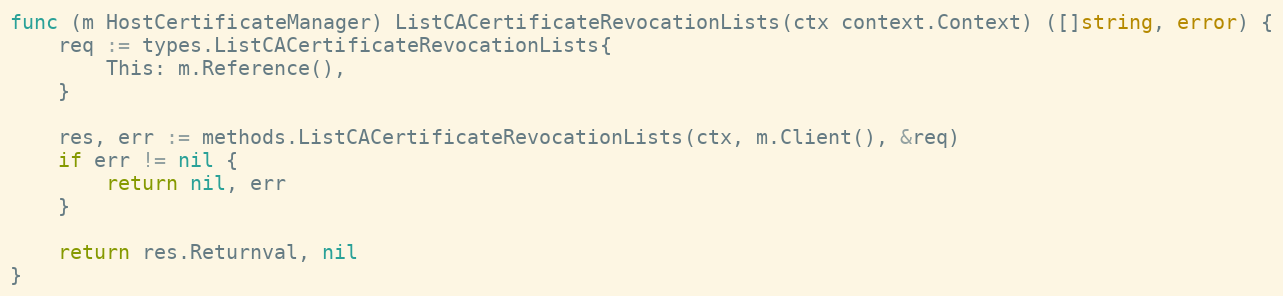
Language: Go
func (m HostCertificateManager) ListCACertificateRevocationLists(ctx context.Context) ([]string, error) {
	req := types.ListCACertificateRevocationLists{
		This: m.Reference(),
	}

	res, err := methods.ListCACertificateRevocationLists(ctx, m.Client(), &req)
	if err != nil {
		return nil, err
	}

	return res.Returnval, nil
}